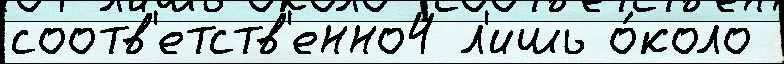
соотв'етств'енно4 л'ишь о́коло